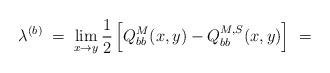
LaTeX: \begin{align*}\lambda^{(b)} \; = \; \lim_{x\rightarrow y} \frac{1}{2}\left[ Q_{bb}^M(x,y) - Q_{bb}^{M,S}(x,y) \right] \; =\end{align*}